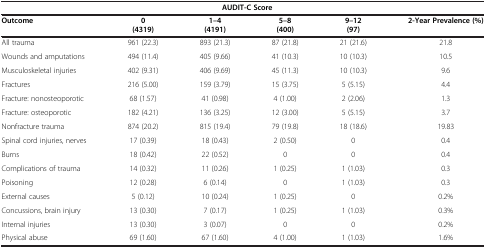
|  | <COLSPAN=4> AUDIT-C Score |  |
 | Outcome | 0 | 1–4 | 5–8 | 9–12 | 2-Year Prevalence (%) |
 |  | (4319) | (4191) | (400) | (97) |  |
 | --- | --- | --- | --- | --- | --- |
 | All trauma | 961 (22.3) | 893 (21.3) | 87 (21.8) | 21 (21.6) | 21.8 |
 | Wounds and amputations | 494 (11.4) | 405 (9.66) | 41 (10.3) | 10 (10.3) | 10.5 |
 | Musculoskeletal injuries | 402 (9.31) | 406 (9.69) | 45 (11.3) | 10 (10.3) | 9.6 |
 | Fractures | 216 (5.00) | 159 (3.79) | 15 (3.75) | 5 (5.15) | 4.4 |
 | Fracture: nonosteoporotic | 68 (1.57) | 41 (0.98) | 4 (1.00) | 2 (2.06) | 1.3 |
 | Fracture: osteoporotic | 182 (4.21) | 136 (3.25) | 12 (3.00) | 5 (5.15) | 3.7 |
 | Nonfracture trauma | 874 (20.2) | 815 (19.4) | 79 (19.8) | 18 (18.6) | 19.83 |
 | Spinal cord injuries, nerves | 17 (0.39) | 18 (0.43) | 2 (0.50) | 0 | 0.4 |
 | Burns | 18 (0.42) | 22 (0.52) | 0 | 0 | 0.4 |
 | Complications of trauma | 14 (0.32) | 11 (0.26) | 1 (0.25) | 1 (1.03) | 0.3 |
 | Poisoning | 12 (0.28) | 6 (0.14) | 0 | 1 (1.03) | 0.3 |
 | External causes | 5 (0.12) | 10 (0.24) | 1 (0.25) | 0 | 0.2% |
 | Concussions, brain injury | 13 (0.30) | 7 (0.17) | 1 (0.25) | 1 (1.03) | 0.3% |
 | Internal injuries | 13 (0.30) | 3 (0.07) | 0 | 0 | 0.2% |
 | Physical abuse | 69 (1.60) | 67 (1.60) | 4 (1.00) | 1 (1.03) | 1.6% |